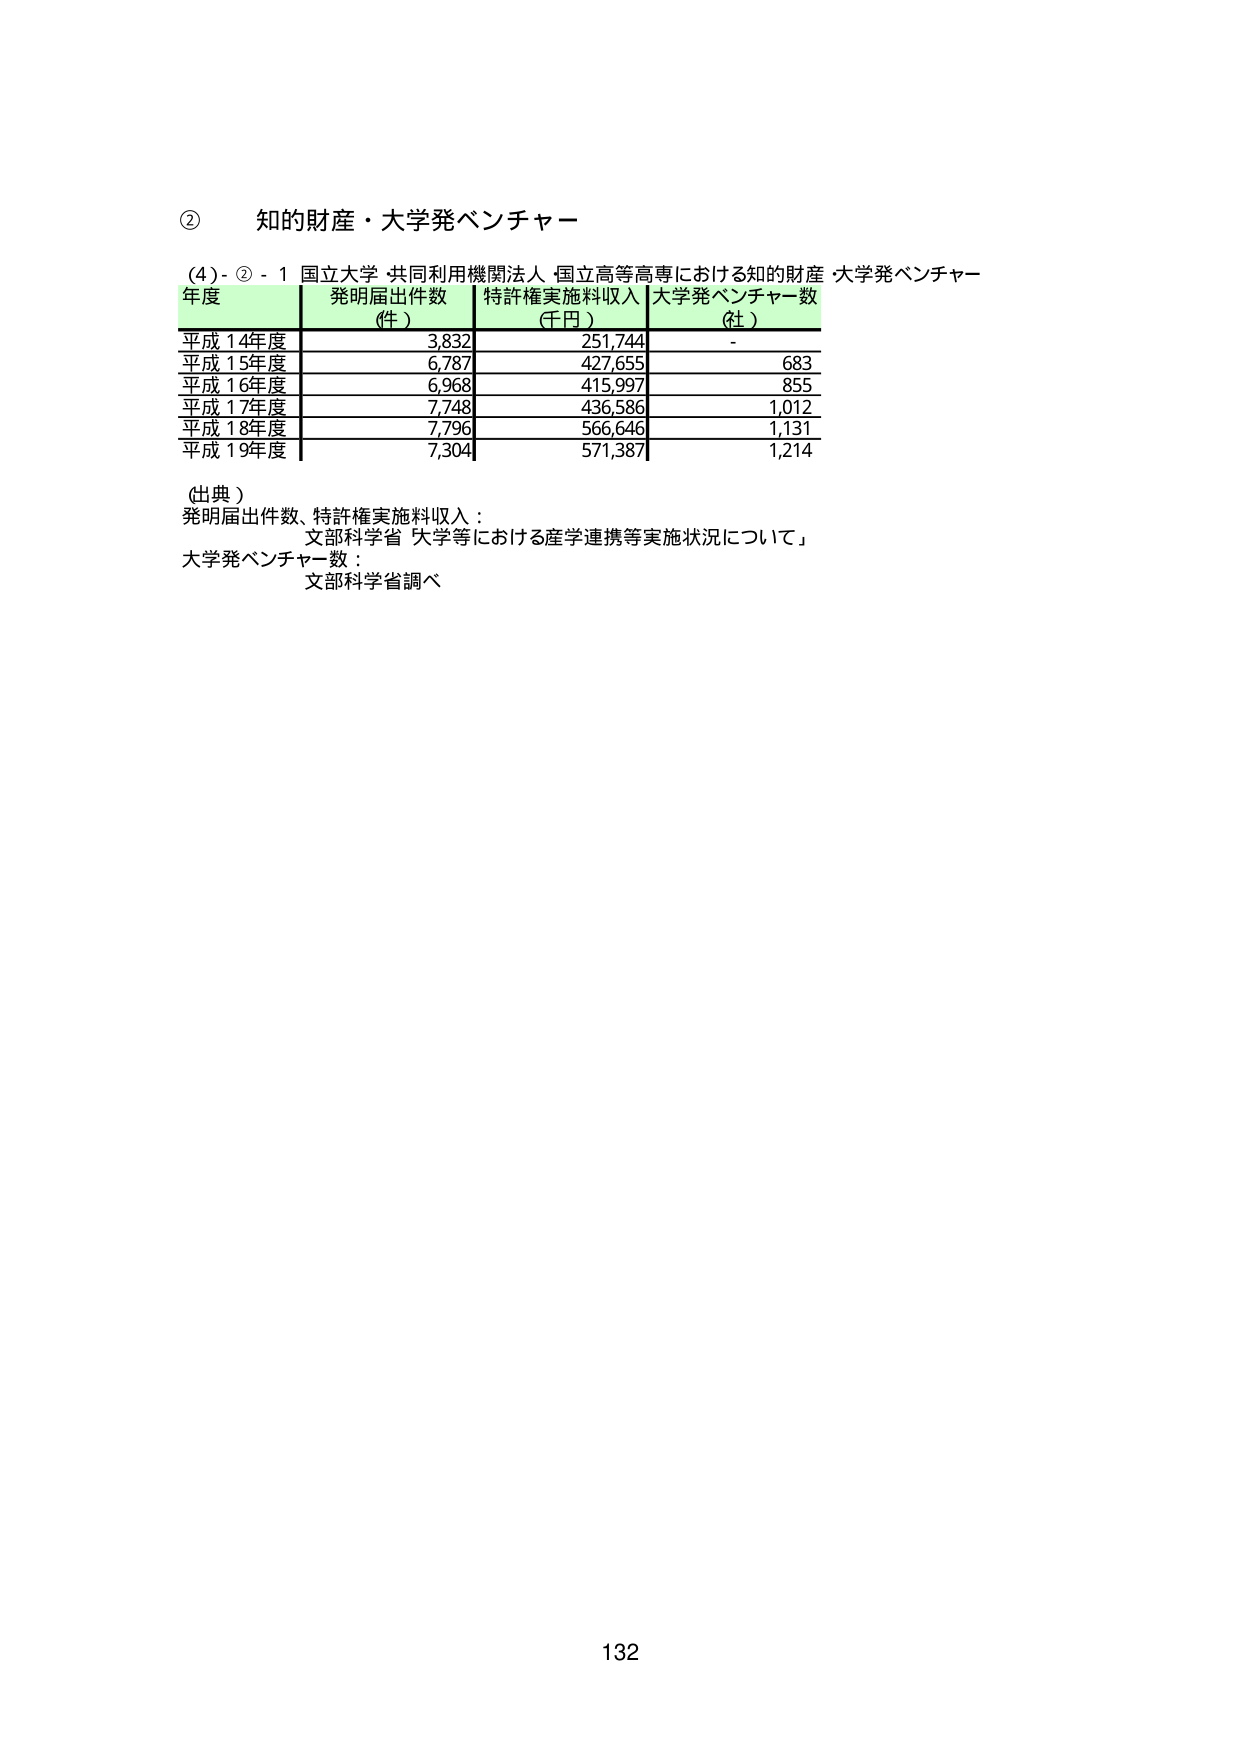
② 知的財産・大学発ベンチャー

(4)-②-1 国立大学・共同利用機関法人・国立高等専門学校における知的財産・大学発ベンチャー

年度 発明届出件数（件） 特許権実施料収入（千円） 大学発ベンチャー数（社）

平成14年度 3,832 251,744 -
平成15年度 6,787 427,655 683
平成16年度 6,968 415,997 855
平成17年度 7,748 436,586 1,012
平成18年度 7,796 566,646 1,131
平成19年度 7,304 571,387 1,214

（出典）
発明届出件数、特許権実施料収入：
文部科学省「大学等における産学連携等実施状況について」
大学発ベンチャー数：
文部科学省調べ

132